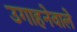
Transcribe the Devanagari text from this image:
उगाहनेवाले